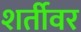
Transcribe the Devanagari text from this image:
शर्तीवर